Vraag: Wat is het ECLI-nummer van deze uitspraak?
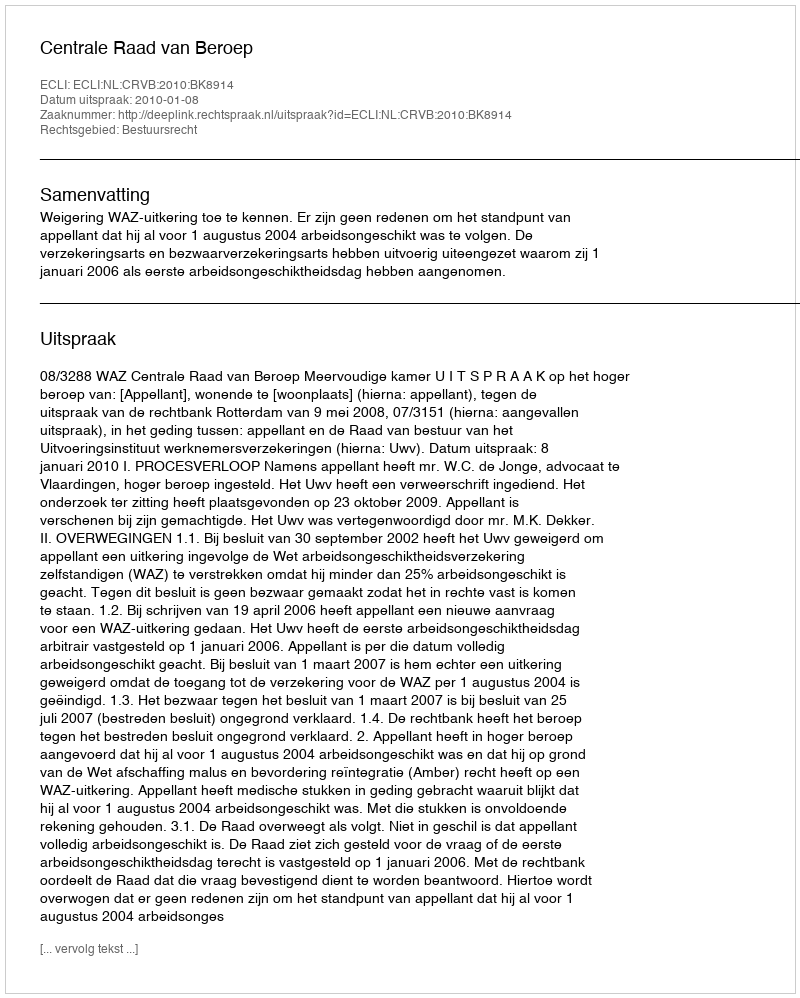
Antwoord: ECLI:NL:CRVB:2010:BK8914